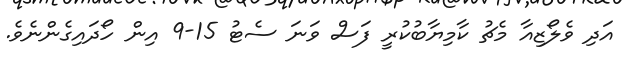
އަދި ވެލޯޒިއާ މެޗު ކާމިޔާބުކުރީ ފަސް ވަނަ ސެޓު 15-9 އިން ހޯދައިގެންނެވެ.